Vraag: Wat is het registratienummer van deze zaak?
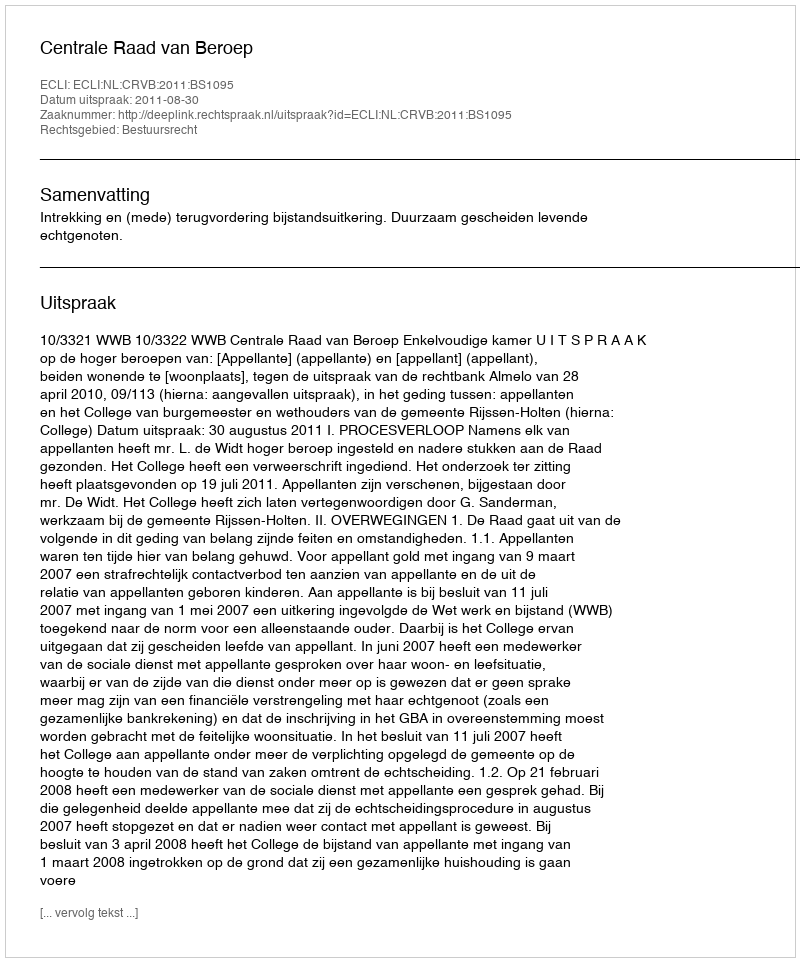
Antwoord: http://deeplink.rechtspraak.nl/uitspraak?id=ECLI:NL:CRVB:2011:BS1095